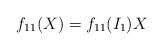
LaTeX: \begin{align*}f_{11}(X)=f_{11}(I_1)X\end{align*}